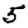
Digit: 5